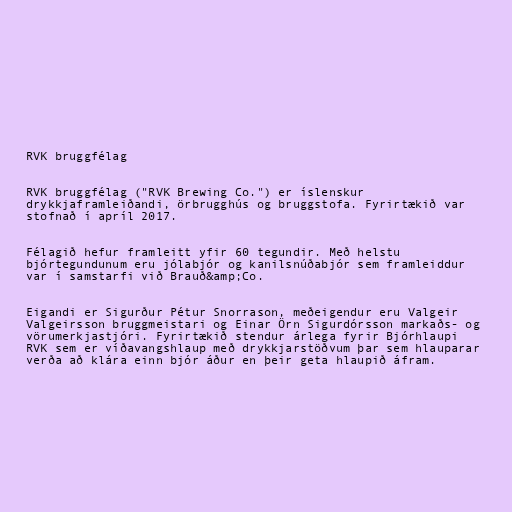
RVK bruggfélag

RVK bruggfélag ("RVK Brewing Co.") er íslenskur
drykkjaframleiðandi, örbrugghús og bruggstofa. Fyrirtækið var
stofnað í apríl 2017.

Félagið hefur framleitt yfir 60 tegundir. Með helstu
bjórtegundunum eru jólabjór og kanilsnúðabjór sem framleiddur
var í samstarfi við Brauð&amp;Co.

Eigandi er Sigurður Pétur Snorrason, meðeigendur eru Valgeir
Valgeirsson bruggmeistari og Einar Örn Sigurdórsson markaðs- og
vörumerkjastjóri. Fyrirtækið stendur árlega fyrir Bjórhlaupi
RVK sem er víðavangshlaup með drykkjarstöðvum þar sem hlauparar
verða að klára einn bjór áður en þeir geta hlaupið áfram.